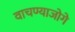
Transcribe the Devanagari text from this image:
वाचण्याजोगे